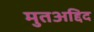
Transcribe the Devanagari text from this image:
मुतअद्दिद